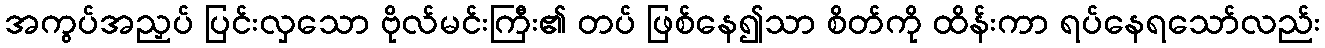
အကွပ်အညှပ် ပြင်းလှသော ဗိုလ်မင်းကြီး၏ တပ် ဖြစ်နေ၍သာ စိတ်ကို ထိန်းကာ ရပ်နေရသော်လည်း